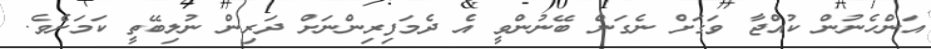
އަންހެނުން ކުއްޖާ ވަގަށް ނެގަން ބޭނުންވީ އެ ދެމަފިރިންނަށް ދަރިން ނުލިބޭތީ ކަމަށެވެ.